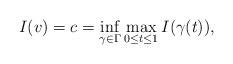
LaTeX: \begin{align*}I(v) = c = \inf_{\gamma \in \Gamma} \max_{0 \leq t \leq 1} I(\gamma (t)),\end{align*}